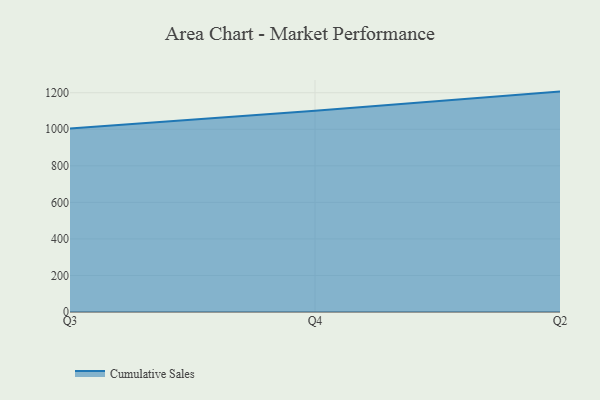
{"axis": {"x": "Quarter", "y": "Headcount"}, "legend": ["Cumulative Sales"], "data": [{"x": "Q3", "y": 1003.6, "type": "Cumulative Sales"}, {"x": "Q4", "y": 1101.2, "type": "Cumulative Sales"}, {"x": "Q2", "y": 1206.2, "type": "Cumulative Sales"}]}